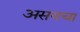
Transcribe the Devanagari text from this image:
असयचा